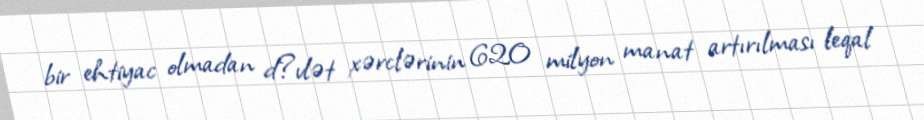
bir ehtiyac olmadan d?vlət xərclərinin 620 milyon manat artırılması leqal